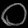
Digit: ၀